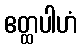
ဧတ္ထပါဟံ